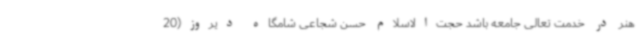
هنر در خدمت تعالی جامعه باشد حجت‌الاسلام حسن شجاعی شامگاه دیروز(20